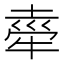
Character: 𭷤